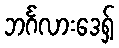
ဘင်္ဂလားဒေရှ့်